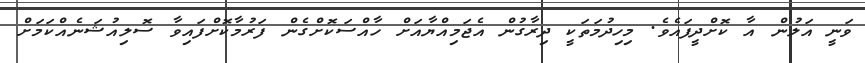
ވަނީ އަލުން އާ ކޮށްދީފައެވެ. މިހިދުމަތަކީ ދިރާގުން އެޖަމިއްޔާއަށް ހާއްސަކޮށްގެން ފަރުމާކޮށްފައިވާ ސޮލިއުޝަނެއްކަމަށް